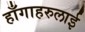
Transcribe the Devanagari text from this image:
हाँगाहरुलाई